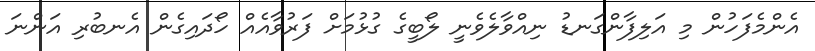
އެންމެފަހުން މި އަލިފާންގަނޑު ނިއްވާލެވެނީ ލޯބީގެ ގުޅުމަށް ފަރުވާއެއް ހޯދައިގެން އެނބުރި އަންނަ